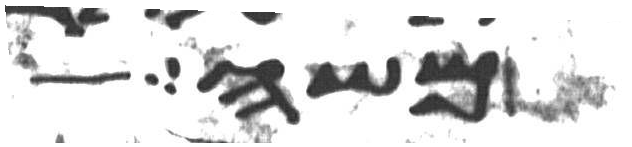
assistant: משה